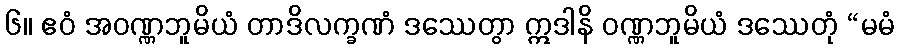
၆။ ဧဝံ အဝဏ္ဏဘူမိယံ တာဒိလက္ခဏံ ဒဿေတွာ ဣဒါနိ ဝဏ္ဏဘူမိယံ ဒဿေတုံ “မမံ